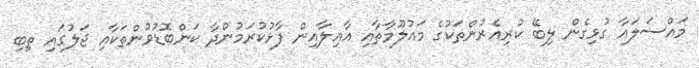
މައްސަލައާ ގުޅިގެން ލިބޭ ކުރިއެރުންތަކުގެ މައުލޫމާތާއި އާއިލާއިން ފާޅުކުރަމުންދާ ކަންބޮޑުވުންތަކާއި ޖަލުގައި ތިބި